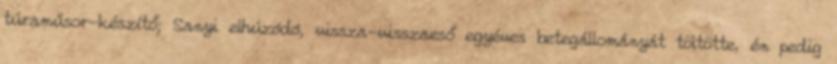
túraműsor-készítő; Sanyi elhúzódó, vissza-vissza­eső egyéves be­tegállományát töltötte, én pedig